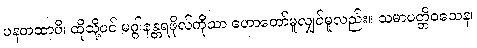
ပနတထာပိ၊ ထိုသို့ပင် မဂ္ဂါနန္တရဖိုလ်ကိုသာ ဟောတော်မူလျှင်မူလည်း။ သမာပတ္တိဝသေန၊